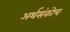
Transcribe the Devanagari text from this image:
अर्थसंकोच